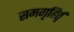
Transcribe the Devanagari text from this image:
समगृहिर्तृ